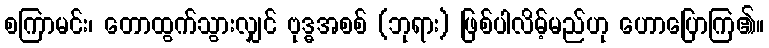
စကြာမင်း၊ တောထွက်သွားလျှင် ဗုဒ္ဓအစစ် (ဘုရား) ဖြစ်ပါလိမ့်မည်ဟု ဟောပြောကြ၏။